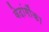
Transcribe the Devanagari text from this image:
वेदांगौंका